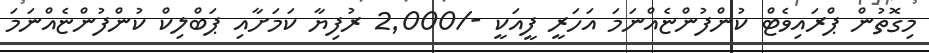
މިގޮތުން ޕްރައިވެޓް ކުންފުންޏެއްނަމަ އަހަރީ ފީއަކީ -/2